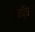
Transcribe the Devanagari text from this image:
मैगॉट्स